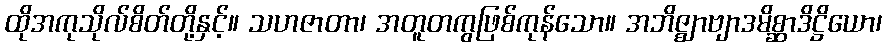
ထိုအကုသိုလ်စိတ်တို့နှင့်။ သဟဇာတာ၊ အတူတကွဖြစ်ကုန်သော။ အဘိဇ္ဈာဗျာဒမိစ္ဆာဒိဋ္ဌိယော၊